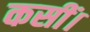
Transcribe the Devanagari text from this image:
कसीं।